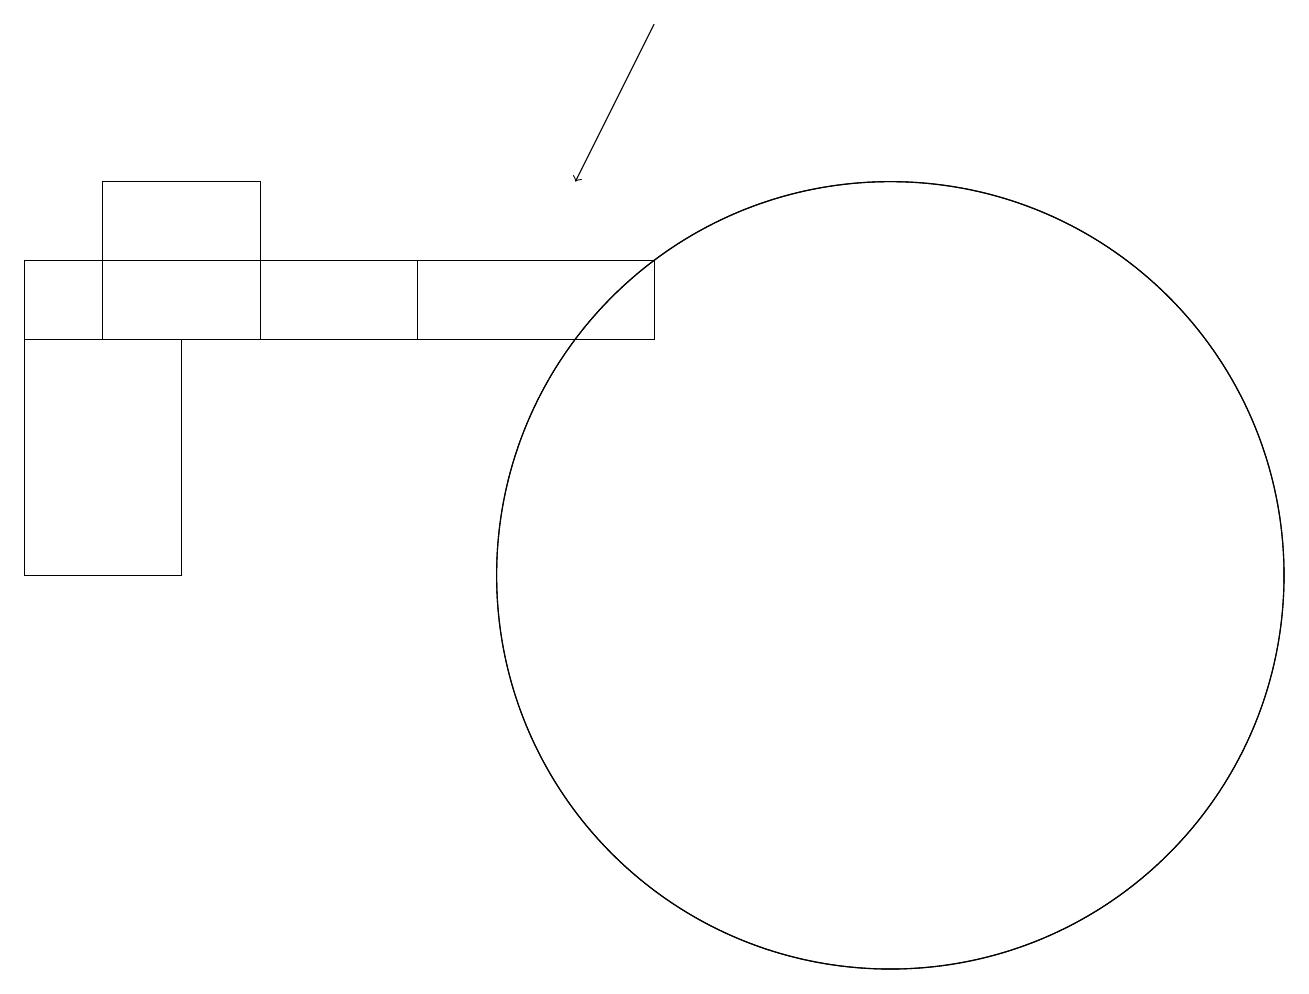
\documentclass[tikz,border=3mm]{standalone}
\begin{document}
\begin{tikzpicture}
\draw (12,10) circle (5);
\draw (12,10) circle (5);
\draw (3,13) rectangle (1,10);
\draw[->] (9,17) -- (8,15);
\draw (6,13) rectangle (9,14);
\draw (6,13) rectangle (1,14);
\draw (2,13) rectangle (4,15);
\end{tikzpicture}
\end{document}